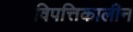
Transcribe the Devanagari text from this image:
विपत्तिकालीन